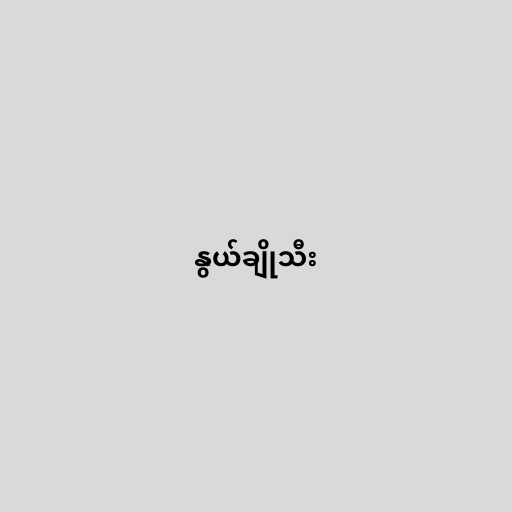
နွယ်ချိုသီး